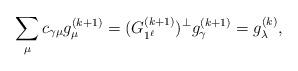
LaTeX: \begin{align*}\sum_\mu c_{\gamma \mu} g_\mu^{(k+1)} = (G_{1^\ell}^{(k+1)})^\perp g_\gamma^{(k+1)} = g_\lambda^{(k)},\end{align*}